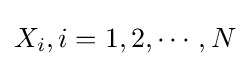
X_{i},i=1,2,\cdots ,N